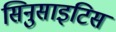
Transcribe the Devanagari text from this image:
सिनुसाइटिस